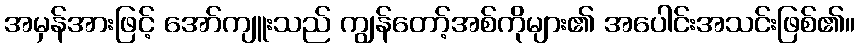
အမှန်အားဖြင့် အော်ကျူးသည် ကျွန်တော့်အစ်ကိုများ၏ အပေါင်းအသင်းဖြစ်၏။